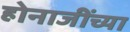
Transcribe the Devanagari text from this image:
होनाजींच्या